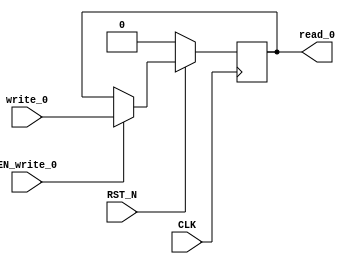
module EHR_1 (
    CLK,
    RST_N,
    read_0,
    write_0,
    EN_write_0
);
    parameter            DATA_SZ = 1;
    parameter            RESET_VAL = 0;
    input                CLK;
    input                RST_N;
    output [DATA_SZ-1:0] read_0;
    input  [DATA_SZ-1:0] write_0;
    input                EN_write_0;
    reg    [DATA_SZ-1:0] r;
    wire   [DATA_SZ-1:0] wire_0;
    wire   [DATA_SZ-1:0] wire_1;
    assign wire_0 = r;
    assign wire_1 = EN_write_0 ? write_0 : wire_0;
    assign read_0 = wire_0;
    always @(posedge CLK) begin
        if (RST_N == 0) begin
            r <= RESET_VAL;
        end else begin
            r <= wire_1;
        end
    end
endmodule